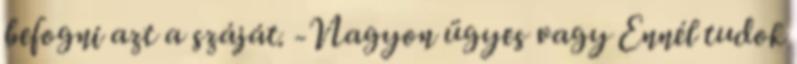
befogni azt a száját. -Nagyon ügyes vagy Ennél tudok